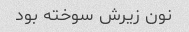
نون زیرش سوخته بود